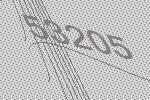
53205